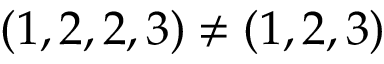
( 1 , 2 , 2 , 3 ) \neq ( 1 , 2 , 3 )